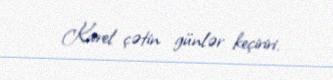
Karel çətin günlər keçiriri.